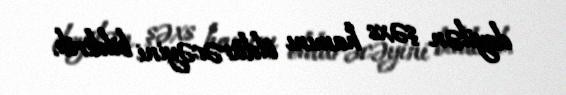
deyilən şəxs hamını öldürəcəyini bildirib.